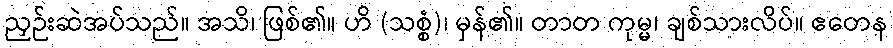
ညှဉ်းဆဲအပ်သည်။ အသိ၊ ဖြစ်၏။ ဟိ (သစ္စံ)၊ မှန်၏။ တာတ ကုမ္မ၊ ချစ်သားလိပ်။ ဧတေန